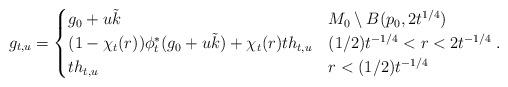
LaTeX: \begin{align*}g_{t,u} =\begin{cases}g_0+u\tilde{k} & M_0 \setminus B(p_0, 2 t^{1/4}) \\(1 - \chi_{t}(r) )\phi_{t}^* (g_0+u\tilde{k}) + \chi_{t}(r) t h_{t,u} & (1/2) t^{-1/4} < r < 2 t^{-1/4}\\t h_{t,u} & r < (1/2) t^{-1/4} \\\end{cases}.\end{align*}